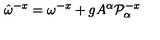
\hat { \omega } ^ { - x } = \omega ^ { - x } + g A ^ { \alpha } { \cal P } _ { \alpha } ^ { - x }